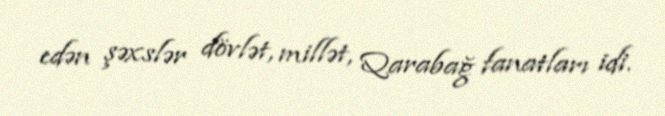
edən şəxslər dövlət, millət, Qarabağ fanatları idi.